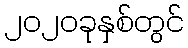
၂၀၂၀ခုနှစ်တွင်